Annual report of the Imperial Bacteriological Laboratory, Muktesar
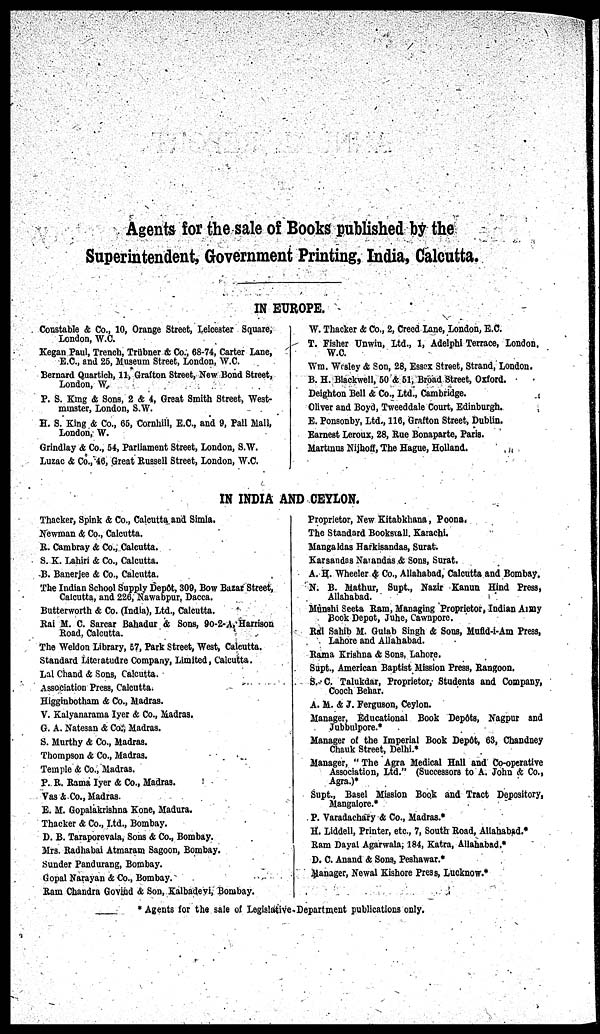
Agents for the sale of Books published by the
Superintendent, Government Printing, India, Calcutta.
IN EUROPE.
Constable & Co., 10, Orange Street, Leicester Square,
London, W.C.
Kegan Paul, Trench, Trübner & Co., 68-74, Carter Lane,
E.C., and 25, Museum Street, London, W.C.
Bernard Quartich, 11, Grafton Street, New Bond Street,
London, W.
P. S. King & Sons, 2 & 4, Great Smith Street, West-
minster, London, S.W.
H. S. King & Co., 65, Cornhill, E.C., and 9, Pall Mall,
London, W.
Grindlay & Co., 54, Parliament Street, London, S.W.
Luzac & Co., 46, Great Russell Street, London, W.C.
W. Thacker & Co., 2, Creed Lane, London, E.C.
T. Fisher Unwin, Ltd., 1, Adelphi Terrace, London,
W.C.
Wm. Wesley & Son, 28, Essex Street, Strand, London.
B. H. Blackwell, 50 & 51, Broad Street, Oxford
Deighton Bell & Co., Ltd., Cambridge.
Oliver and Boyd, Tweeddale Court, Edinburgh.
E. Ponsonby, Ltd., 116, Grafton Street, Dublin.
Earnest Leroux, 28, Rue Bonaparte, Paris.
Martinus Nijhoff, The Hague, Holland.
IN INDIA AND CEYLON.
Thacker, Spink & Co., Calcutta and Simla.
Newman & Co., Calcutta.
R. Cambray & Co., Calcutta.
S. K. Lahiri & Co., Calcutta.
B. Banerjee & Co., Calcutta.
The Indian School Supply Depôt, 309, Bow Bazar Street,
Calcutta, and 226, Nawabpur, Dacca.
Butterworth & Co. (India), Ltd., Calcutta.
Rai M. C. Sarcar Bahadur & Sons, 90-2-A, Harrison
Road, Calcutta.
The Weldon Library, 57, Park Street, West, Calcutta.
Standard Literatudre Company, Limited, Calcutta.
Lal Chand & Sons, Calcutta.
Association Press, Calcutta.
Higginbotham & Co., Madras.
V. Kalyanarama Iyer & Co., Madras.
G. A. Natesan & Co., Madras.
S. Murthy & Co., Madras.
Thompson & Co., Madras.
Temple & Co., Madras.
P. R. Rama Iyer & Co., Madras.
Vas & Co., Madras.
E. M. Gopalakrishna Kone, Madura.
Thacker & Co., Ltd., Bombay.
D. B. Taraporevala, Sons & Co., Bombay.
Mrs. Radhabai Atmaram Sagoon, Bombay.
Sunder Pandurang, Bombay.
Gopal Narayan & Co., Bombay.
Ram Chandra Govind & Son, Kalbadevi, Bombay.
Proprietor, New Kitabkhana, Poona.
The Standard Bookstall. Karachi.
Mangaldas Harkisandas, Surat.
Karsandas Narandas & Sons, Surat.
A. H. Wheeler & Co., Allahabad, Calcutta and Bombay.
N. B. Mathur, Supt., Nazir Kanun Hind Press,
Allahabad.
Munshi Seeta Ram, Managing Proprietor, Indian Army
Book Depot, Juhe, Cawnpore.
Rai Sahib M. Gulab Singh & Sons, Mufid-i-Am Press,
Lahore and Allahabad.
Rama Krishna & Sons, Lahore.
Supt., American Baptist Mission Press, Rangoon.
S. C. Talukdar, Proprietor, Students and Company,
Cooch Behar.
A. M. & J. Ferguson, Ceylon.
Manager, Educational Book Depôts, Nagpur and
Jubbulpore.*
Manager of the Imperial Book Depôt, 63, Chandney
Chauk Street, Delhi.*
Manager, "The Agra Medical Hall and Co-operative
Association, Ltd." (Successors to A. John & Co.,
Agra.)*
Supt., Basel Mission Book and Tract Depository,
Mangalore.*
P. Varadachary & Co., Madras.*
H. Liddell, Printer, etc., 7, South Road, Allahabad.*
Ram Dayal Agarwala, 184, Katra, Allahabad.*
D. C. Anand & Sons, Peshawar.*
Manager, Newal Kishore Press, Lucknow.*
* Agents for the sale of Legislative. Department publications only.